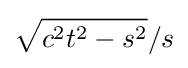
{\sqrt {c^{2}t^{2}-s^{2}}}/s